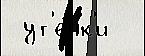
 ут'е́чк'и